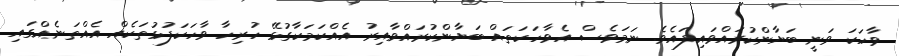
ވާހަކަ ވަނީ ބަޔާންކުރައްވައިފައެވެ. ނަމަވެސް އެވާހަކަތައް ބަޔާންކުރައްވާއިރު އެއްކަމަކާގުޅޭ ހުރިހާ ވާހަކަފުޅުތަކެއް އެއްތަނެއްގައި